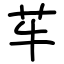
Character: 䒜